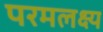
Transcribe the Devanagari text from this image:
परमलक्ष्य